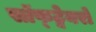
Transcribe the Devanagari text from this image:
सॉफ्ट्वेयरों